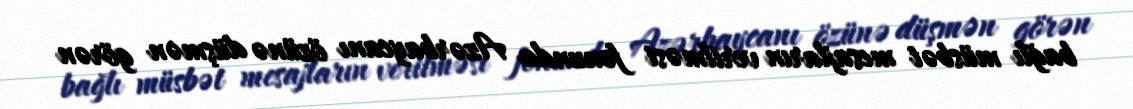
bağlı müsbət mesajların verilməsi fonunda Azərbaycanı özünə düşmən görən